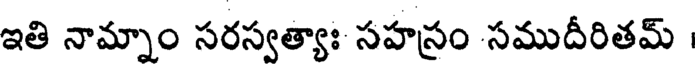
ఇతి నామ్నాం సరస్వత్యాః సహస్రం సముదీరితమ్